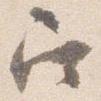
召